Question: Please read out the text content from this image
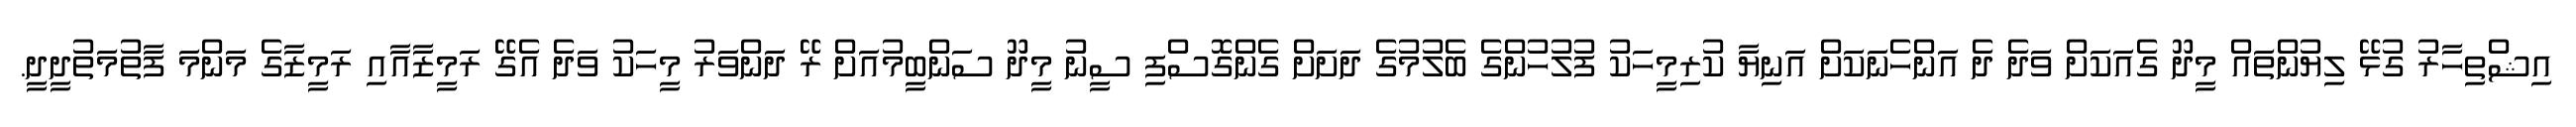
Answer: އިޝްތިހާރު ގުޅޭ ލިޔުންތައް މީދޫ ގެއަކަށް ވަދެ ދެ އަންހެނަކަށް އަނިޔާ ކުރިމީހަކު ފުލުހުންގެ ބެލުމުގެ ދަށަށް ގެންގޮސްފި ސީނު މީދޫ ސަންބީމުއަށް ރޭ ދަންވަރު މީހަކު ވަދެ އެގޭ ރަމީޒާއާއި ރަމީޒާގެ މަންމަ ފާތުމަތުދީދީ.